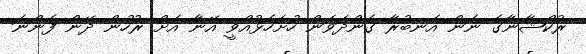
ރުކްޝާނާގެ ނަން އަނބުރާ ގެންދަވަން ހުށަހެޅުއްވީ އޭނާ އަށް ރުހުން ދޭން ފެންނަ